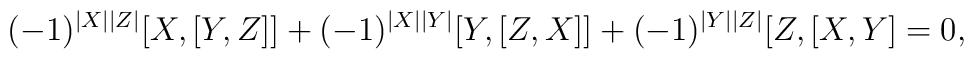
(-1)^{|X||Z|}[X,[Y,Z]]+(-1)^{|X||Y|}[Y,[Z,X]]+(-1)^{|Y||Z|}[Z,[X,Y]=0,